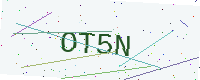
Text: OT5N